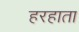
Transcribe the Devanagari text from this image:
हरहाता